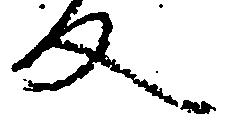
反